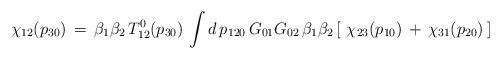
LaTeX: \begin{align*}\chi_{12}(p_{30})\,=\,\beta_1\beta_2\,T_{12}^0(p_{30})\,\int d\,p_{120}\,G_{01}G_{02}\,\beta_1\beta_2\,[\,\,\chi_{23}(p_{10})\,+\,\chi_{31}(p_{20})\,]\end{align*}